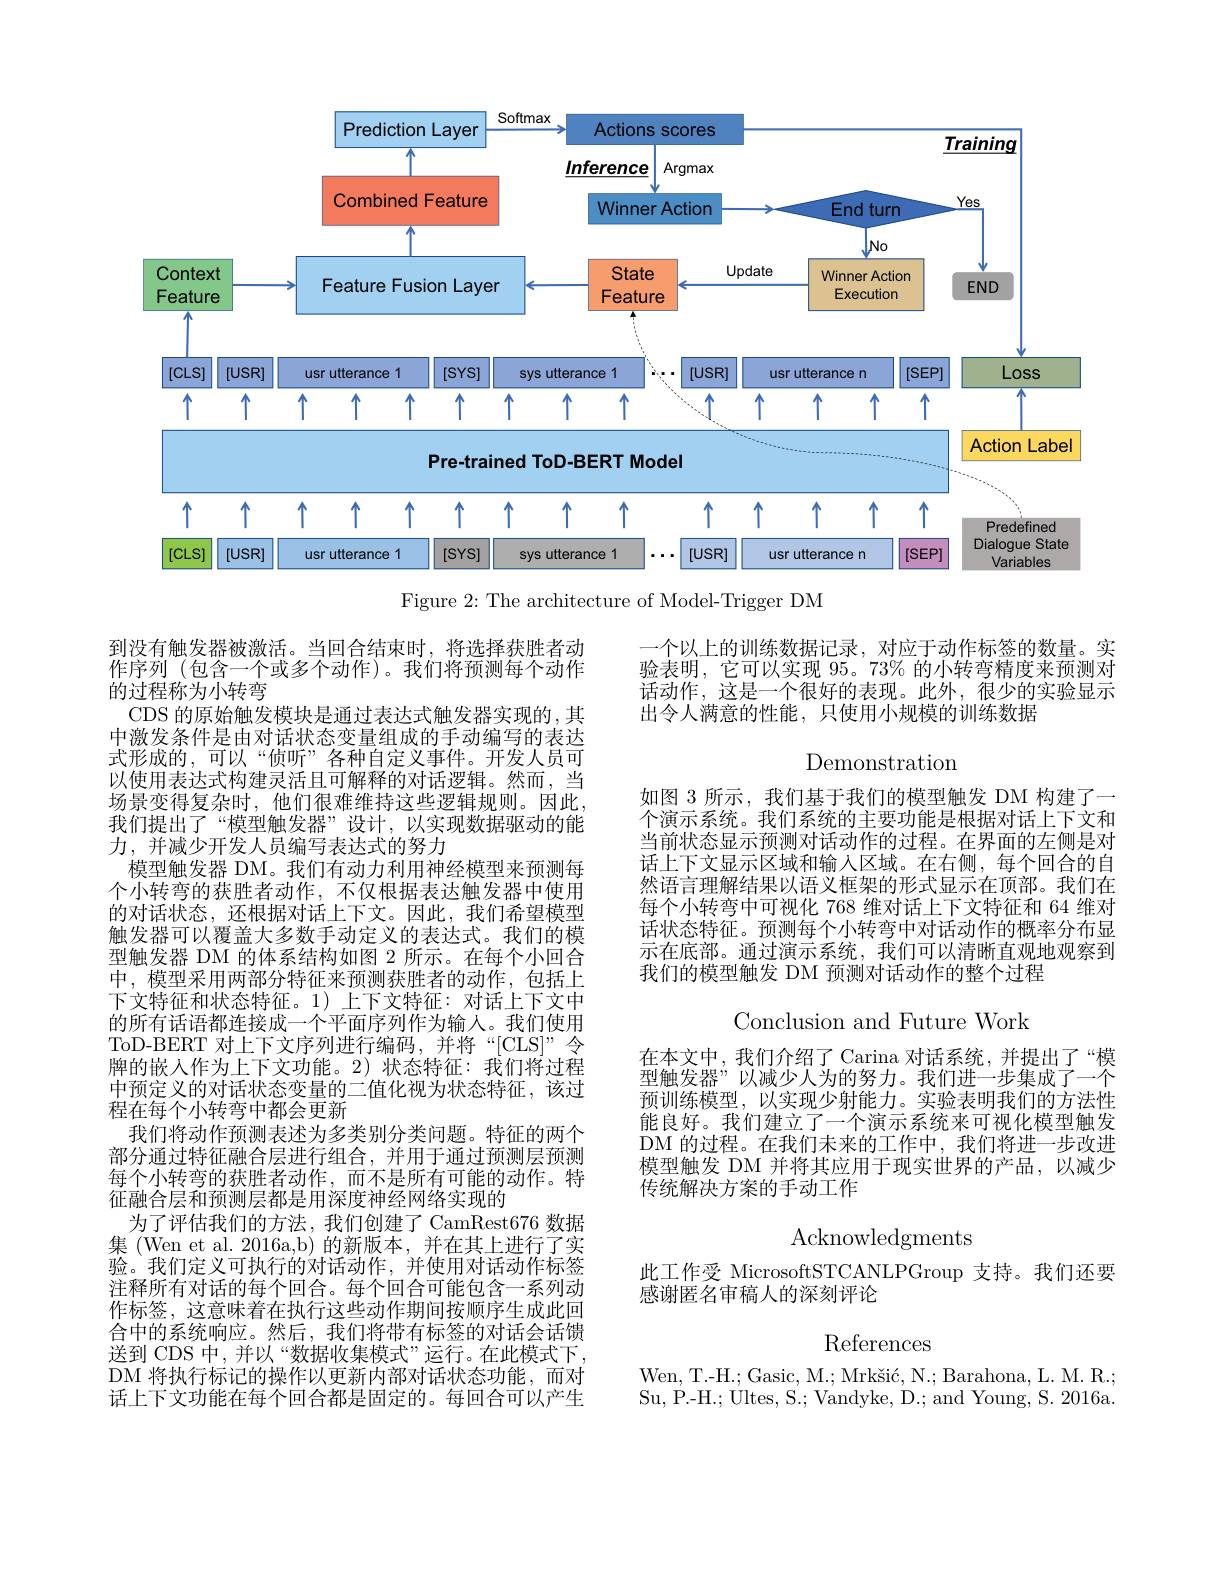
<FigureHere>
Figure 2: The architecture of Model-Trigger DM

到没有触发器被激活。当回合结束时，将选择获胜者动作序列 (包含一个或多个动作)。我们将预测每个动作的过程称为小转弯
CDS 的原始触发模块是通过表达式触发器实现的，其中激发条件是由对话状态变量组成的手动编写的表达式形成的，可以“侦听”各种自定义事件。开发人员可以使用表达式构建灵活且可解释的对话逻辑。然而，当场景变得复杂时，他们很难维持这些逻辑规则。因此我们提出了“模型触发器”设计，以实现数据驱动的能力，并减少开发人员编写表达式的努力
模型触发器 DM。我们有动力利用神经模型来预测每个小转弯的获胜者动作，不仅根据表达触发器中使用的对话状态，还根据对话上下文。因此，我们希望模型触发器可以覆盖大多数手动定义的表达式。我们的模型触发器 DM 的体系结构如图 2 所示。在每个小回合中，模型采用两部分特征来预测获胜者的动作，包括上下文特征和状态特征。1)上下文特征：对话上下文中的所有话语都连接成一个平面序列作为输人。我们使用ToD-BERT 对上下文序列进行编码，并将“[CLS]”令牌的嵌入作为上下文功能。2)状态特征：我们将过程中预定义的对话状态变量的二值化视为状态特征，该过程在每个小转弯中都会更新
我们将动作预测表述为多类别分类问题。特征的两个部分通过特征融合层进行组合，并用于通过预测层预测每个小转弯的获胜者动作，而不是所有可能的动作。特征融合层和预测层都是用深度神经网络实现的
为了评估我们的方法，我们创建了 CamRest676 数据集 (Wen et al. 2016a,b) 的新版本，并在其上进行了实验。我们定义可执行的对话动作，并使用对话动作标签注释所有对话的每个回合。每个回合可能包含一系列动作标签，这意味着在执行这些动作期间按顺序生成此回合中的系统响应。然后，我们将带有标签的对话会话馈送到 CDS 中，并以“数据收集模式”运行。在此模式下， DM 将执行标记的操作以更新内部对话状态功能，而对话上下文功能在每个回合都是固定的。每回合可以产生

一个以上的训练数据记录，对应于动作标签的数量。实验表明，它可以实现 95。73% 的小转弯精度来预测对话动作，这是一个很好的表现。此外，很少的实验显示出令人满意的性能，只使用小规模的训练数据

Demonstration

如图 3 所示，我们基于我们的模型触发 DM 构建了一个演示系统。我们系统的主要功能是根据对话上下文和当前状态显示预测对话动作的过程。在界面的左侧是对话上下文显示区域和输入区域。在右侧，每个回合的自然语言理解结果以语义框架的形式显示在顶部。我们在每个小转弯中可视化 768 维对话上下文特征和 64 维对话状态特征。预测每个小转弯中对话动作的概率分布显示在底部。通过演示系统，我们可以清晰直观地观察到我们的模型触发 DM 预测对话动作的整个过程

Conclusion and Future Work

在本文中，我们介绍了 Carina 对话系统，并提出了“模型触发器”以减少人为的努力。我们进一步集成了一个预训练模型，以实现少射能力。实验表明我们的方法性能良好。我们建立了一个演示系统来可视化模型触发DM 的过程。在我们未来的工作中，我们将进一步改进模型触发 DM 并将其应用于现实世界的产品，以减少传统解决方案的手动工作

Acknowledgments

此工作受 MicrosoftSTCANLPGroup 支持。我们还要
感谢匿名审稿人的深刻评论

References

Wen, T.-H.; Gasic, M.; Mrkšić, N.; Barahona, L. M. R.; Su, P.-H.; Ultes, S.; Vandyke, D.; and Young, S. 2016a.